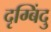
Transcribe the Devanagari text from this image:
दृग्बिंदु